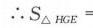
\(\therefore S_{\triangle HGE}\)